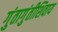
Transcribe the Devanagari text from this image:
गुंतागुंतीशिवाय